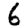
Digit: 6